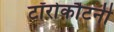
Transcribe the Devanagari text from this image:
टॉरोकौटनी